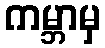
ကမ္ဘာမှ